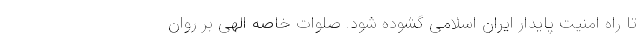
تا راه امنیت پایدار ایران اسلامی گشوده شود. صلوات خاصه الهی بر روان